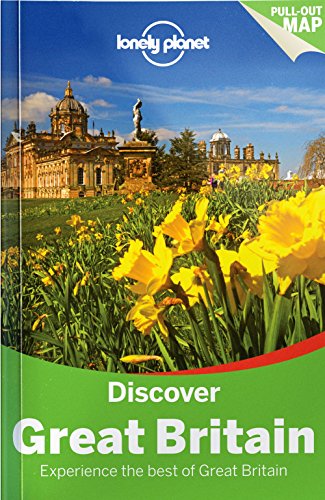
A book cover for Lonely Planet Discover Great Britain (Travel Guide); Lonely Planet; Travel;